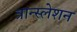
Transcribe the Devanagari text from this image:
त्रान्स्लेशन